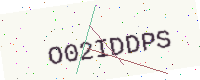
Text: O02IDDPS